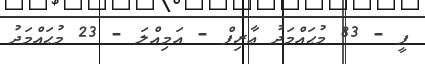
ޕީ - 83 މުޙައްމަދު ޢާރިފް - އަމިއްލަ - 23 މުޙައްމަދު